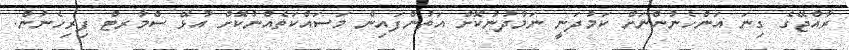
ރާއްޖޭގެ ގިނަ އަންހެނުންނަށް ކަމުދަނީ ނަމާދުނުކޮށް އަތުންފައިން މަސައްކަތެއްނުކޮށް އުޅޭ ސްމާރޓް ފިރިހެނުން.